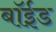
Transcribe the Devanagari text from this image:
बॉईड